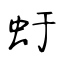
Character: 虶